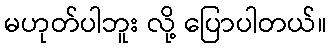
မဟုတ်ပါဘူး လို့ ပြောပါတယ်။